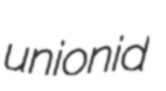
unionid